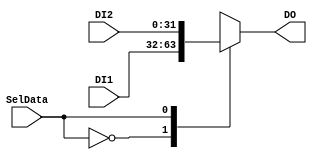
`timescale 1ns / 1ps
//////////////////////////////////////////////////////////////////////////////////
// Company: 
// Engineer: 
// 
// Design Name: 
// Module Name:    MUX 
// Project Name: 
// Target Devices: 
// Tool versions: 
// Description: 
//
// Dependencies: 
//
// Revision: 
// Revision 0.01 - File Created
// Additional Comments: 
//
//////////////////////////////////////////////////////////////////////////////////
module MUX(
    input [31:0] DI1,
    input [31:0] DI2,
    input SelData,
    output reg [31:0] DO
    );

always @* begin
	case(SelData)
		0: DO <= DI1;
		1: DO <= DI2;
	endcase
end

endmodule